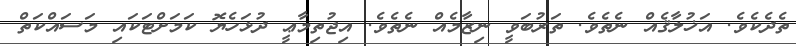
ތެދެކެވެ. އަޚުލާޤެއް ނެތެވެ. ތަރުބަވީ ނިޒާމެއް ނެތެވެ. އިޖުތިމާޢީ ދުޅަހެޔޮ ކަމަށްޓަކައި މަސައްކަތް